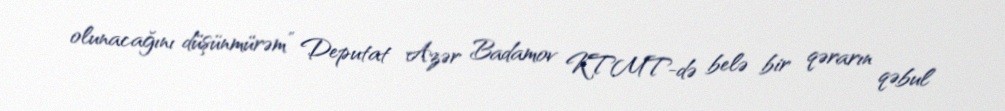
olunacağını düşünmürəm” Deputat Azər Badamov KTMT-də belə bir qərarın qəbul